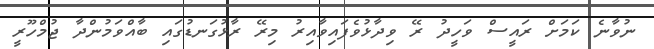
ނުވާނެ ކަމަށް ރައީސް ވަހީދު ރޭ ވިދާޅުވެފައިވާއިރު މިރޭ ރާޅުގަނޑުގައި ބާއްވަމުންދާ ޖުމްހޫރީ